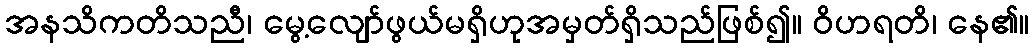
အနသိကတိသညီ၊ မွေ့လျော်ဖွယ်မရှိဟုအမှတ်ရှိသည်ဖြစ်၍။ ဝိဟရတိ၊ နေ၏။